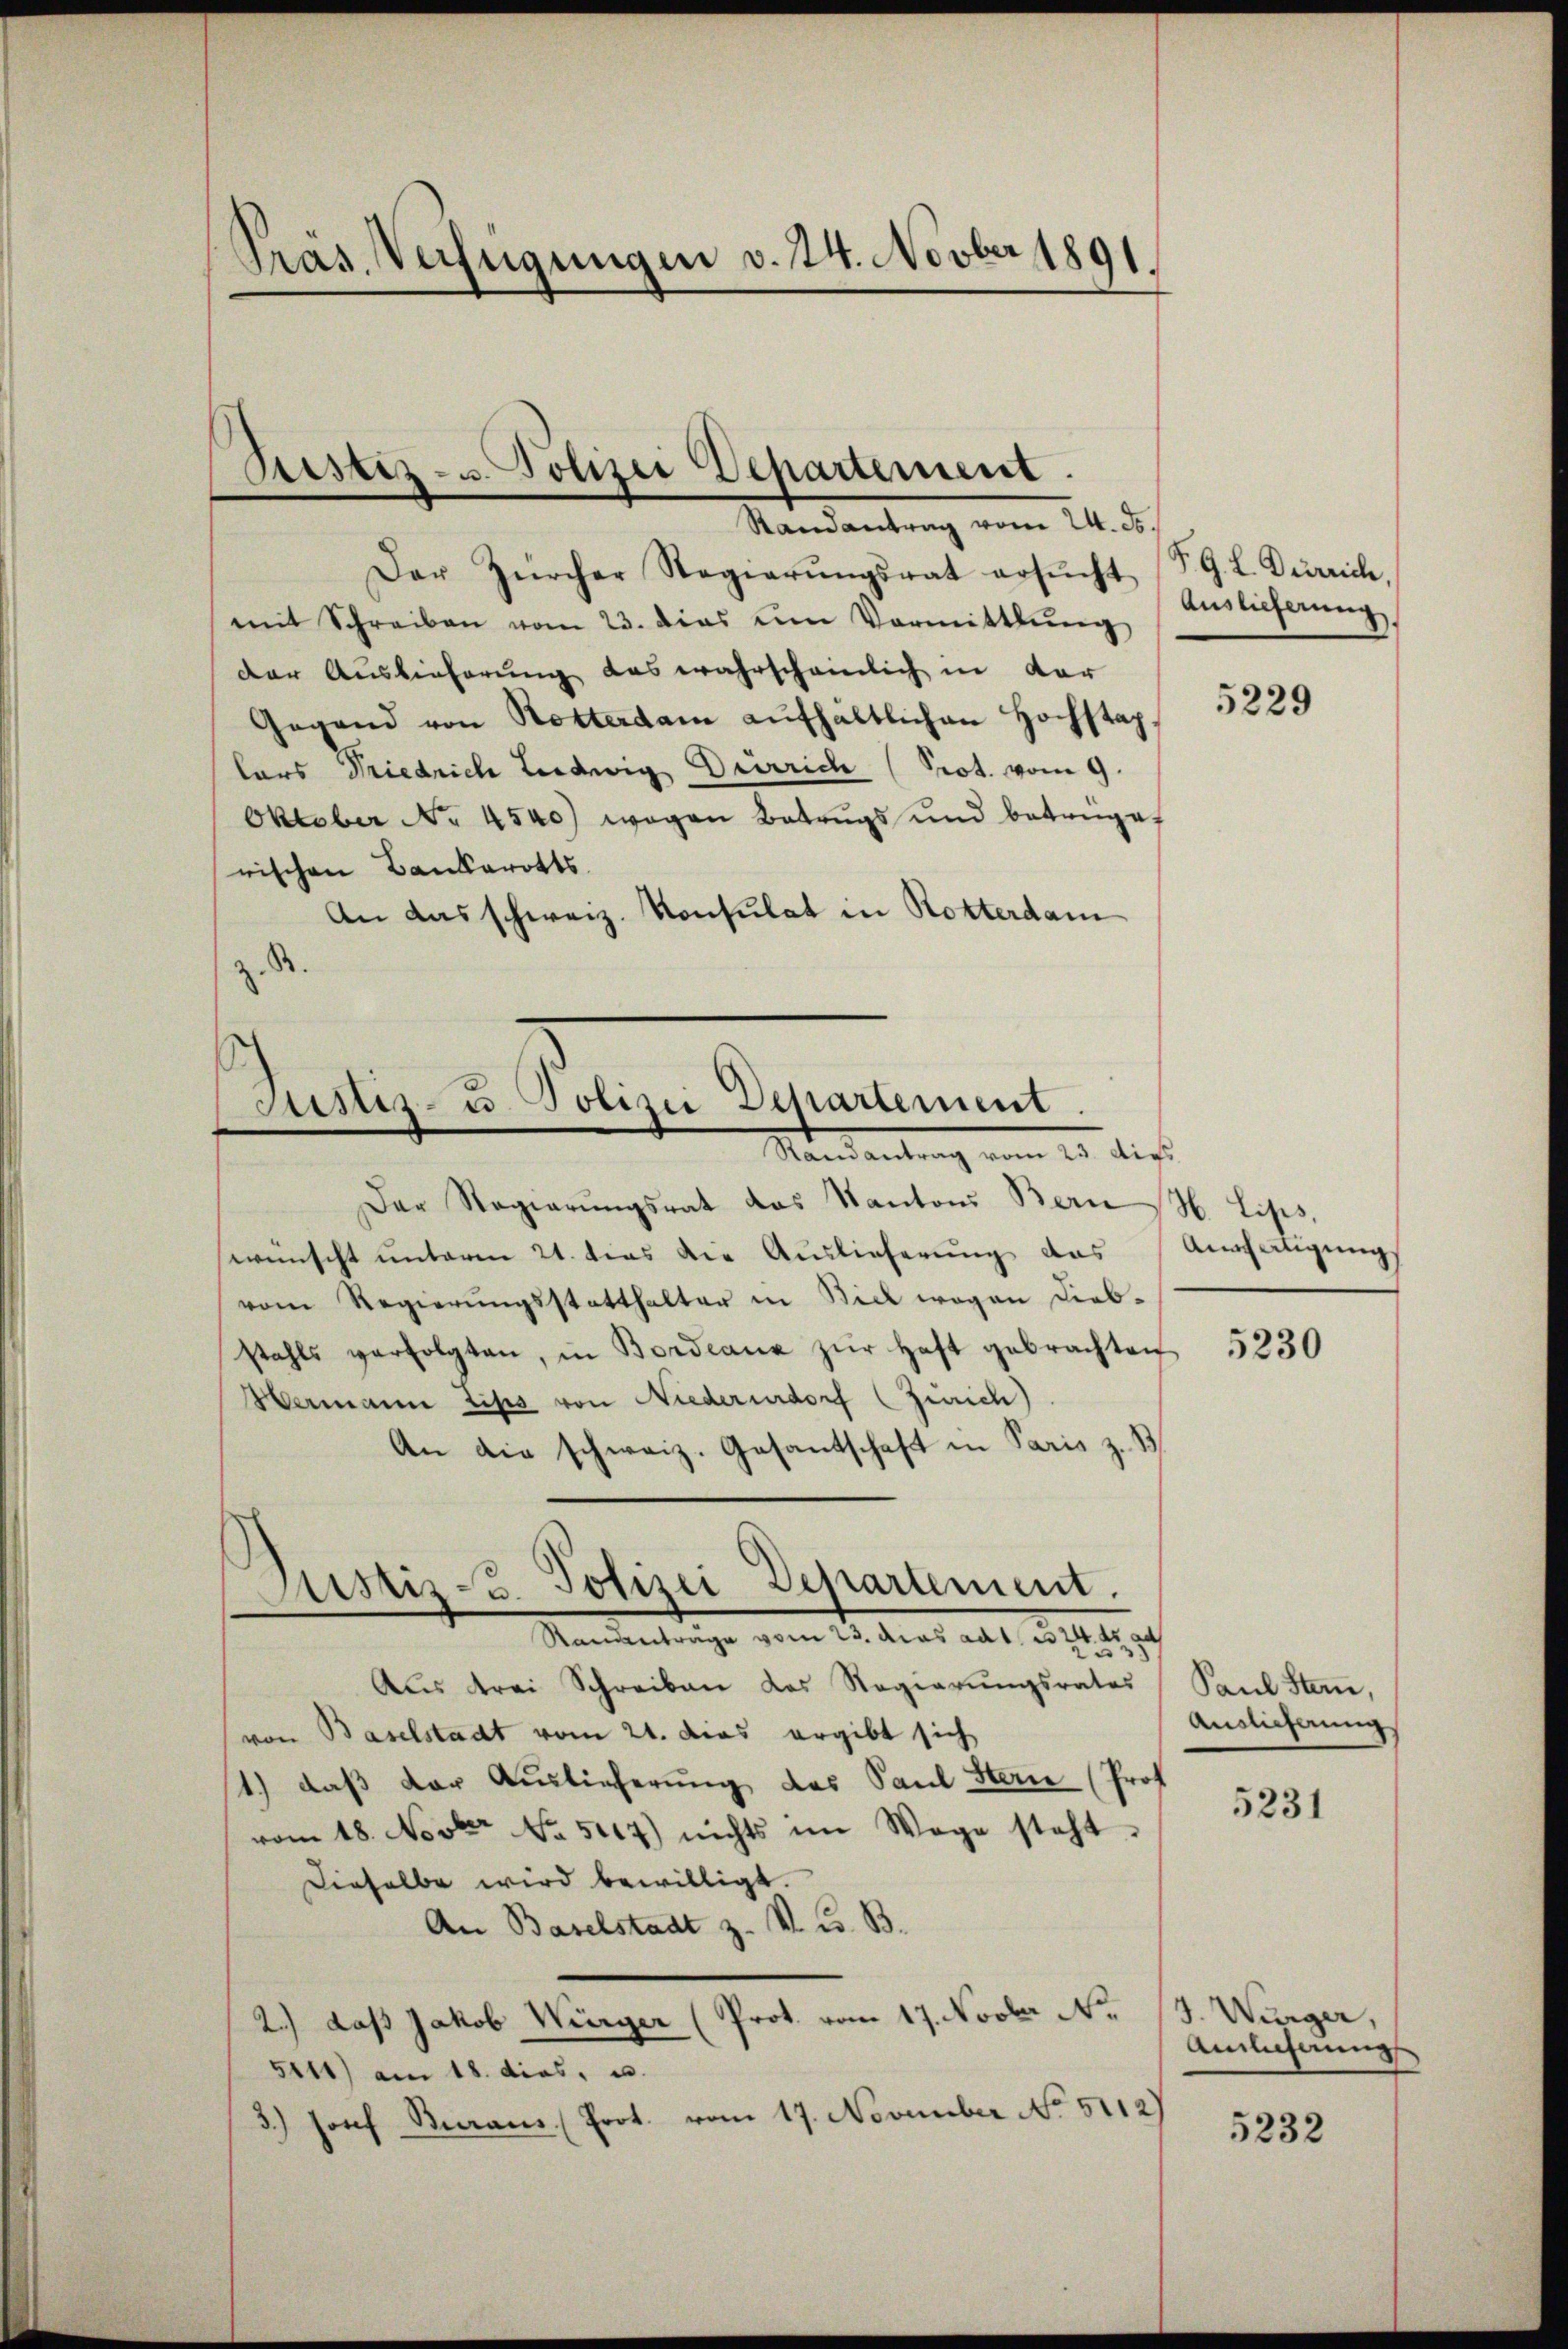
Präs. Verfügungen v. 24. Novber 1891.

Bestiz- u. Polizei Departement.
Randantrag vom 24. d.

Der Zürcher Regierŭngsrat ersŭcht
mit Schreiben vom 23. dies um Vormittlung
der Auslieferung das wahrscheinlich in der
Gegend von Rotterdam aŭfhaltlichen Hochstag,
lars Friedrich Ludwig Deurich (Prot. vom 9.
Oktober No. 4540) wegen Betrugs und betrage
rischen Bankerotts
An das schweiz. Konsulat in Rotterdam
B

s
Justiz- u. Polizei Departement.
Mandantung vom 25. dies

Der Regierungsrat das Kantons Bern
wünscht unterm 21. dies die Auslieferung das
vom Regierungsstatthalter in Biel wegen Diebstahls verfolgten, in Bordeaux zŭr Haft gebrachten
Hermann Lips von Niederurdorf (Zürich)
An die schweiz. Gesantschaft in Paris z. B
Aus drei Schreiben das Regierŭngsrates
von Baselstadt vom 21. das ergibt sich
1.) daß der Auslieferung des Paul Stern (Prof.
vom 18. Novber No. 5114) nichts im Wege steht.
Dieselbe wird bewilligt.
An Baselstadt z. V. u. B.
2.) daß Jakob Würger (Prot. vom 17. Novber Nr.
5111) am 18. dies, u.
3.) Josef Buraus Prot. vom 17. November No. 5112)

Justiz-u. Polizei Departement.
Ranantrage vom 23. das ad 1. 324. d. 9

§. G. L. Derreich.
Auslieferung

5229

H. Lips,
Anscheiligung

5230

Paul Stan,
Auslieferung
e

5231

J. Würger,
Ainlicherung

5232